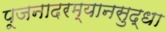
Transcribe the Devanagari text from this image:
पूजनादरम्यानसुद्धा